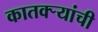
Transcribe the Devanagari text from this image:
कातक्र्‍यांची